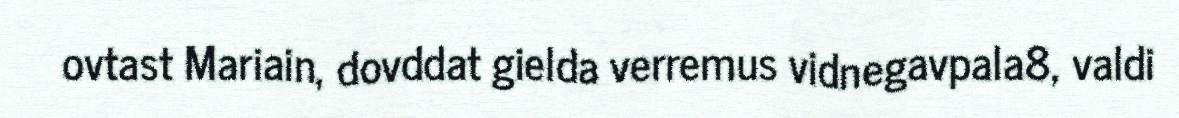
ovtast Mariain, dovddat gielda verremus vidnegavpala8, valdi